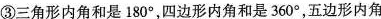
③三角形内角和是180°，四边形内角和是360°，五边形内角